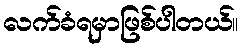
လက်ခံရမှာဖြစ်ပါတယ်။